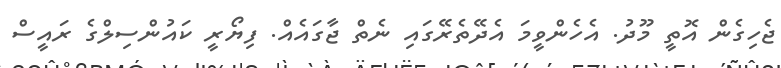
ޖެހިގެން އޮތީ މޫދު. އެހެންވީމަ އެދޭތެރޭގައި ނެތް ޖާގައެއް. ފިޔޯރީ ކައުންސިލްގެ ރައީސް